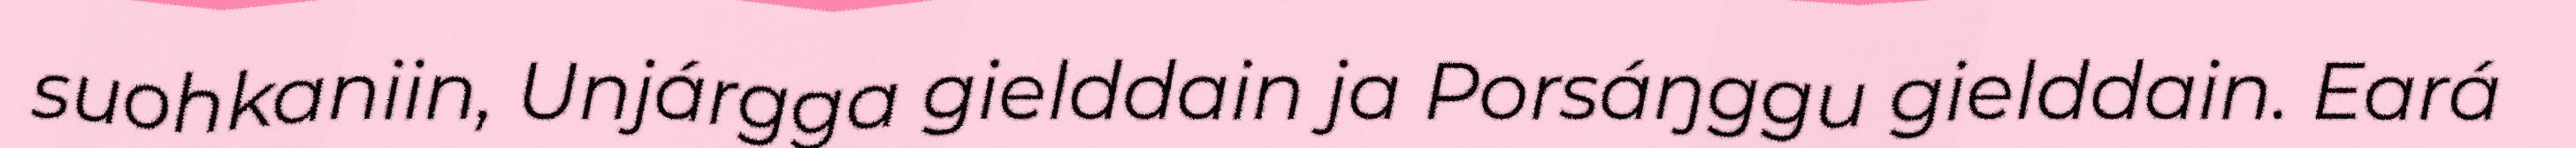
suohkaniin, Unjárgga gielddain ja Porsáŋggu gielddain. Eará